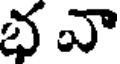
భ వా